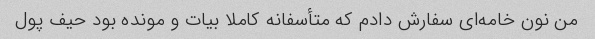
من نون خامه‌ای سفارش دادم که متأسفانه کاملا بیات و مونده بود حیف پول